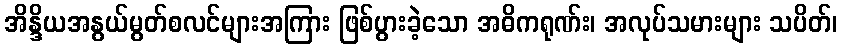
အိန္ဒိယအနွယ်မွတ်စလင်များအကြား ဖြစ်ပွားခဲ့သော အဓိကရုဏ်း၊ အလုပ်သမားများ သပိတ်၊